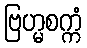
ဗြဟ္မစက္ကံ